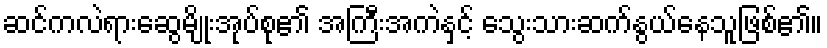
ဆင်ကလဲရားဆွေမျိုးအုပ်စု၏ အကြီးအကဲနှင့် သွေးသားဆက်နွယ်နေသူဖြစ်၏။